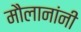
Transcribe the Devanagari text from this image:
मौलानांनी